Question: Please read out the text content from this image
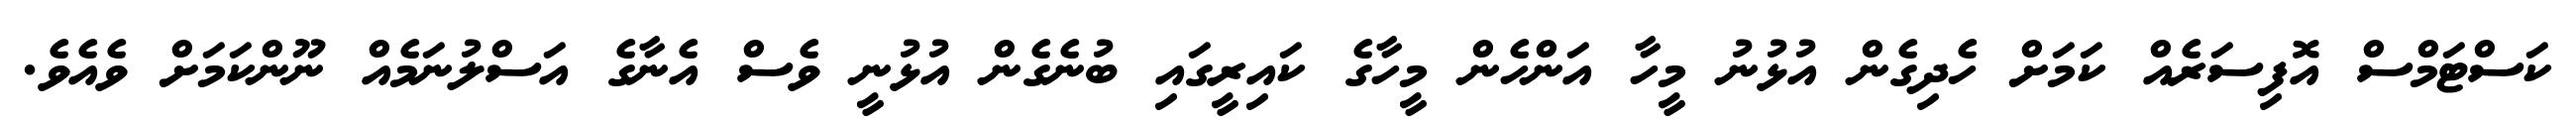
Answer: ކަސްޓަމްސް އޮފިސަރެއް ކަމަށް ހެދިގެން އުޅުނު މީހާ އަންހެން މީހާގެ ކައިރީގައި ބުނެގެން އުޅުނީ ވެސް އެނާގެ އަސްލުނަމެއް ނޫންކަމަށް ވެއެވެ.